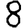
Digit: 8